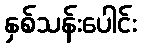
နှစ်သန်းပေါင်း